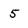
Character: 5